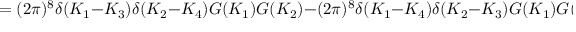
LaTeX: = ( 2 \pi ) ^ { 8 } \delta ( K _ { 1 } - K _ { 3 } ) \delta ( K _ { 2 } - K _ { 4 } ) G ( K _ { 1 } ) G ( K _ { 2 } ) - ( 2 \pi ) ^ { 8 } \delta ( K _ { 1 } - K _ { 4 } ) \delta ( K _ { 2 } - K _ { 3 } ) G ( K _ { 1 } ) G ( K _ { 2 } ) +